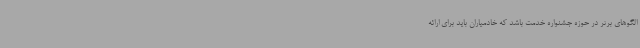
الگوهای برتر در حوزه جشنواره خدمت باشد که خادمیاران باید برای ارائه